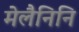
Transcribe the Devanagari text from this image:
मेलैनिनि